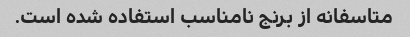
متاسفانه از برنج نامناسب استفاده شده است.